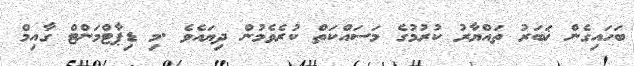
ބަހައިގެން ޚަބަރު ތައްޔާރު ކުރުމުގެ މަސައްކަތް ކުރެވެމުން ދިޔައެވެ .މި ޑިޕާޓްމަންޓް ގާއިމް